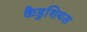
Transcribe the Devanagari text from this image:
कैडुशियस